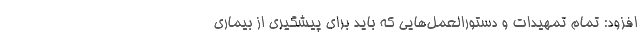
افزود: تمام تمهیدات و دستورالعمل‌هایی که باید برای پیشگیری از بیماری